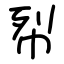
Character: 㡂